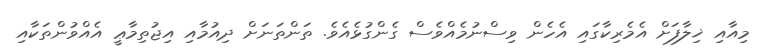
މިއާއި ޚިލާފަށް އެމެރިކާގައި އެހެން ވިސްނުމެއްވެސް ގެންގުޅެއެވެ. ތަންތަނަށް ދިއުމާއި އިޖުތިމާޢީ އެއްވުންތަކާއި